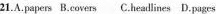
21.A.papers B.covers C.headlines D.pages